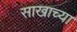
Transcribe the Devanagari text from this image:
साखाच्या